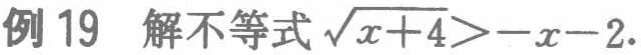
例19 解不等式\(\sqrt{x + 4} > -x - 2\).